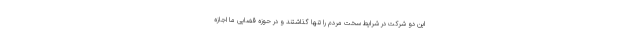
این دو شرکت در شرایط سخت مردم را تنها گذاشتند و در حوزه قضایی ما اجازه